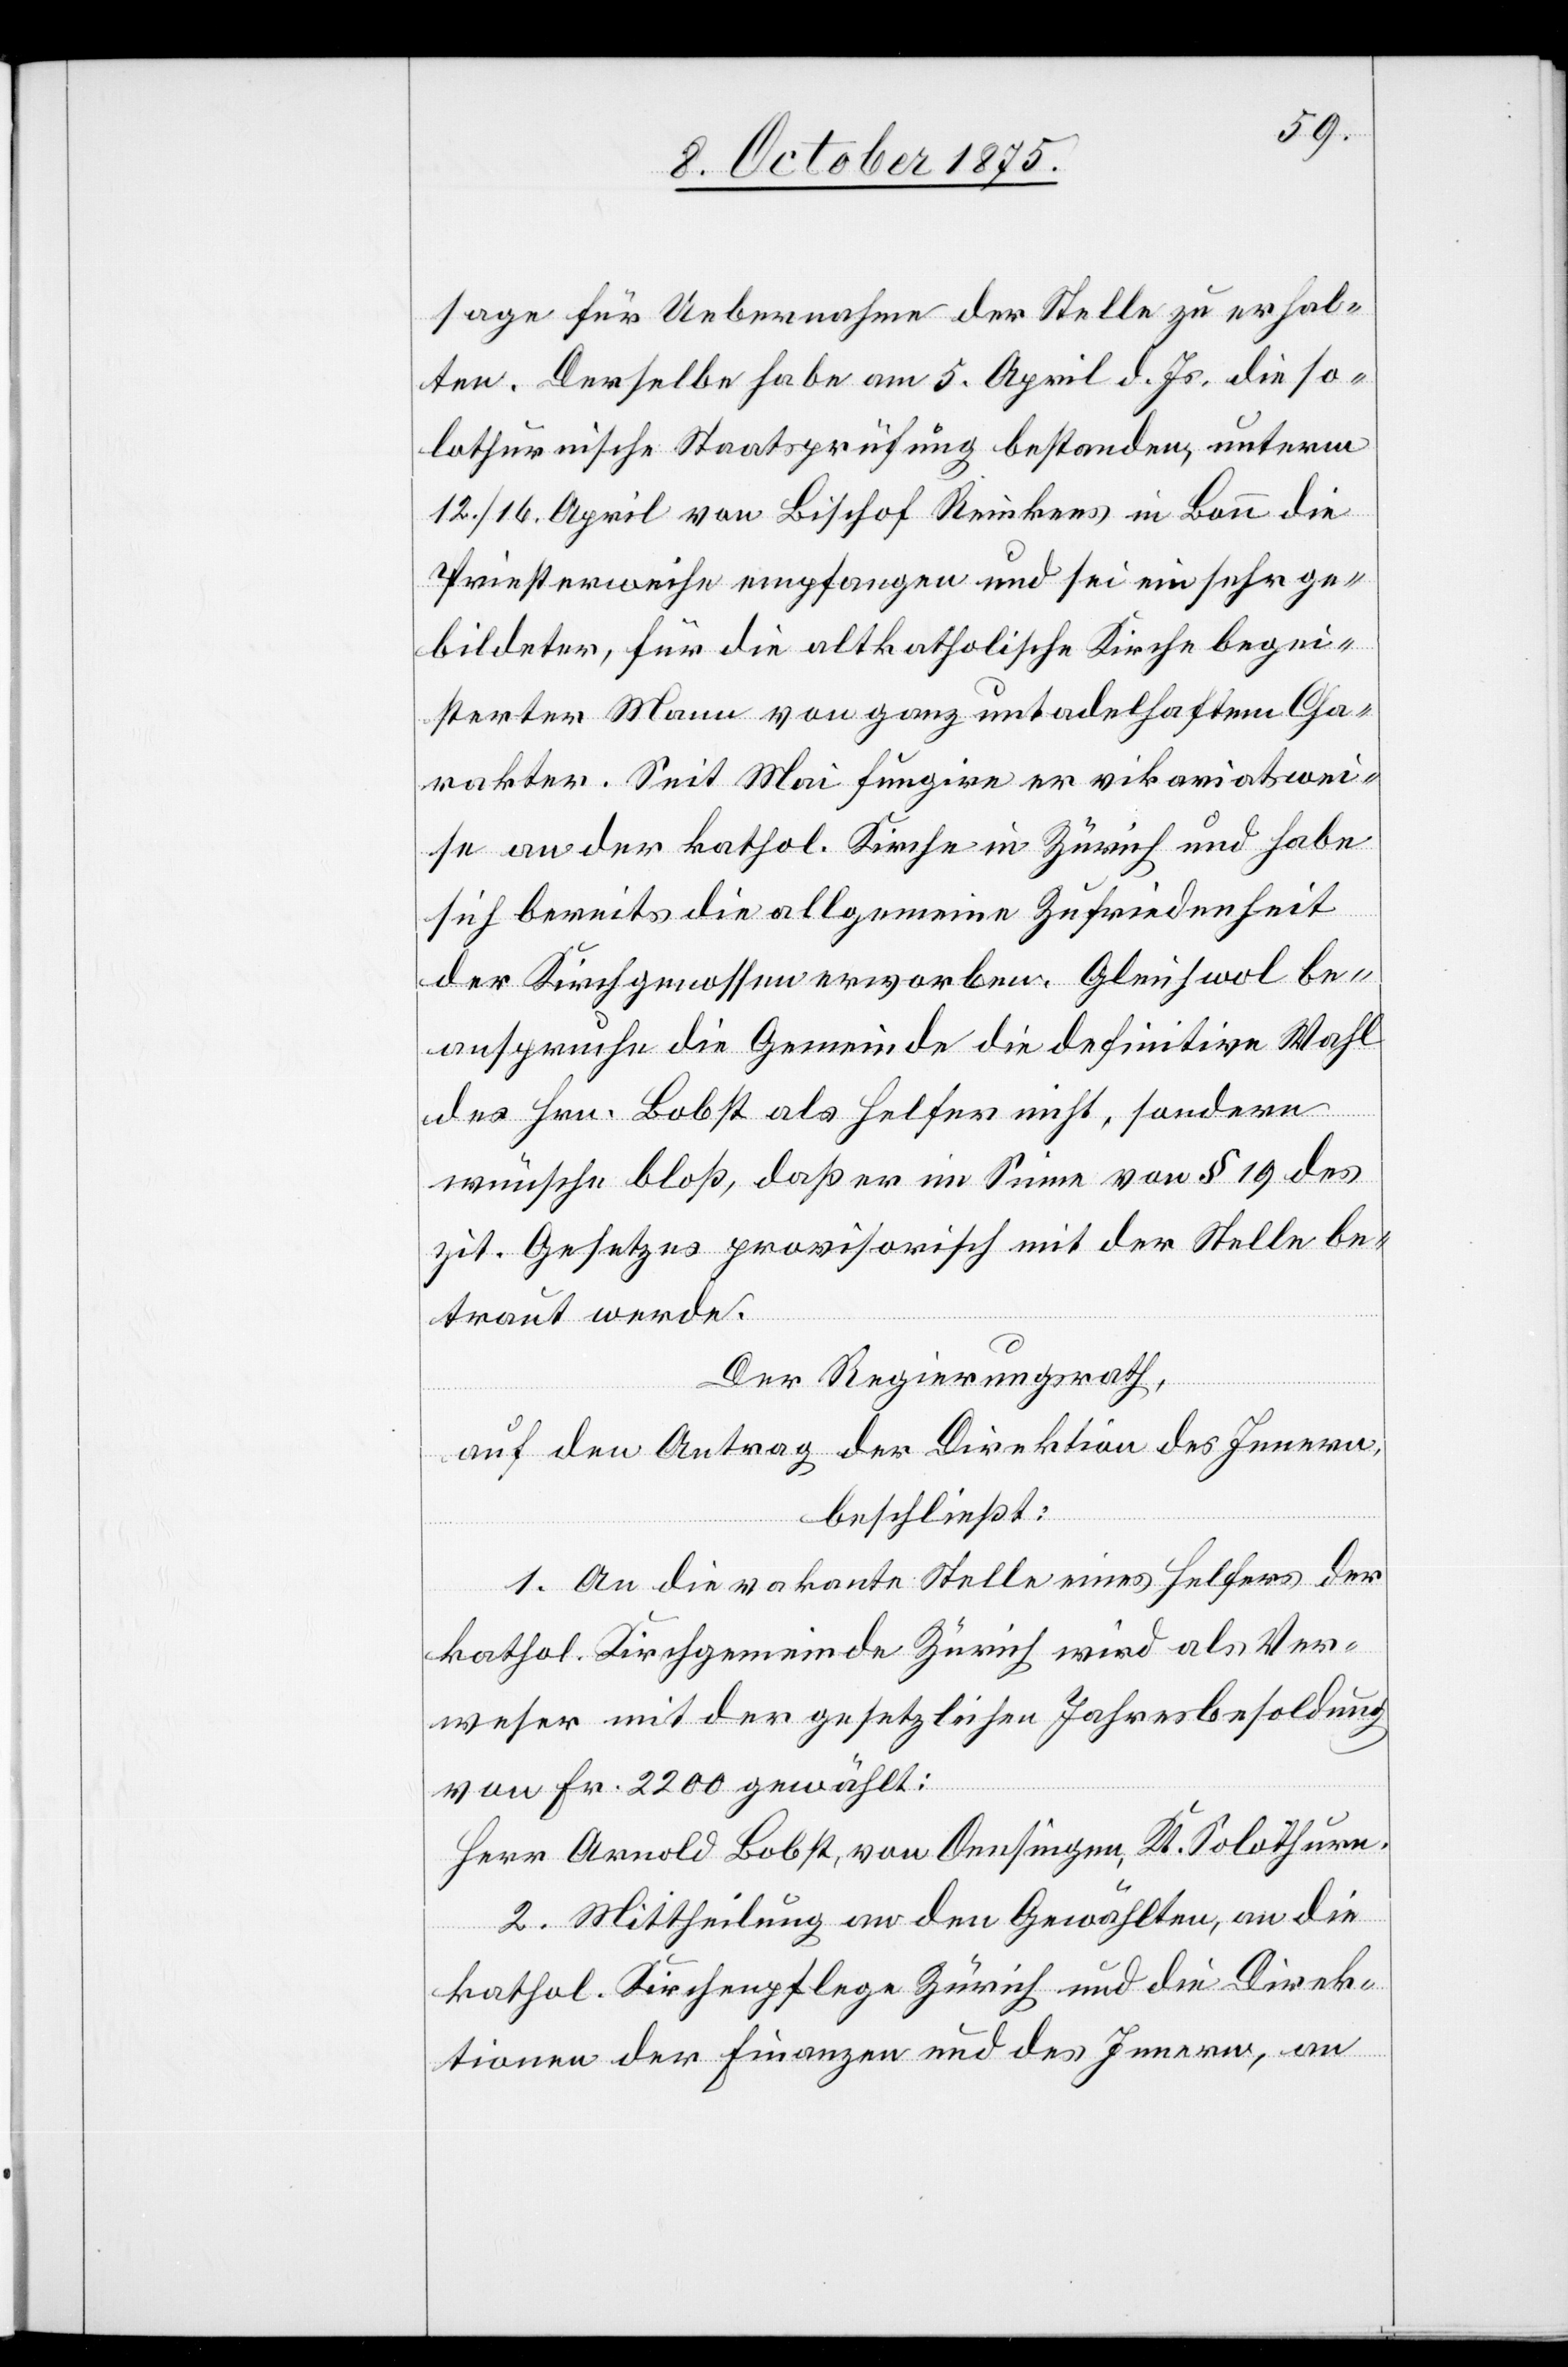
sage für Uebernahme der Stelle zu erhal¬
ten. Derselbe habe am 5. April d.Js. die so¬
lothurnische Staatsprüfung bestanden, unterm
12./16. April von Bischof Reinkees in Bau die
Priesterweihe empfangen und sei ein sehr ge¬
bildeter, für die altkatholische Kirche begei¬
sterter Mann von ganz untadelhaftem Cha¬
rakter. Seit Mai fungire er vikariatswei¬
se an der kathol. Kirche in Zürich und habe
sich bereits die allgemeines Zufriedenheit
der Kirchgenossen erworben. Gleichwol be¬
anspruche die Gemeinde die definitive Wahl
des Hrn. Bobst als Helfer nicht, sondern
wünsche bloß, daß es im Sinne von § 19 des
zit. Gesetzes provisorisch mit der Stelle be¬
traut werde.
Der Regierungsrath,
auf den Antrag der Direktion des Innern,
beschließt:
1. An die vakante Stelle eines Helfers der
kathol. Kirchgemeinde Zürich wird als Ver¬
weser mit der gesetzlichen Jahresbesoldung
von Fr. 2200 gewählt:
Herr Arnold Bobst, von Oensingen, Kt. Solothurn.
2. Mittheilung an den Gewählten, an die
kathol. Kirchenpflege Zürich und die Direk¬
tionen der Finanzen und des Innern, an